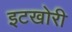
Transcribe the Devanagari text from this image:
इटखोरी